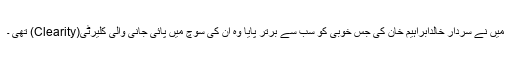
میں نے سردار خالدابراہیم خان کی جس خوبی کو سب سے برتر پایا وہ ان کی سوچ میں پائی جانی والی کلیرٹی(Clearity) تھی ۔